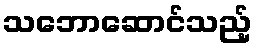
သဘောဆောင်သည့်